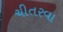
ચીતરવા